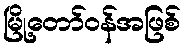
မြို့တော်ဝန်အဖြစ်